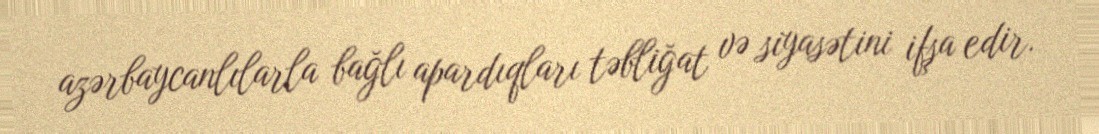
azərbaycanlılarla bağlı apardıqları təbliğat və siyasətini ifşa edir.